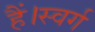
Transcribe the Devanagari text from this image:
हैं।स्वर्ग